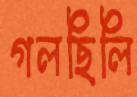
গলছিলি